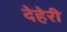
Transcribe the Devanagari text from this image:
देहेरी